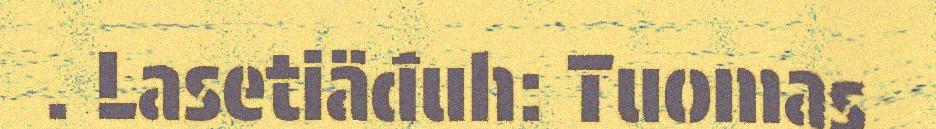
. Lasetiäđuh: Tuomas